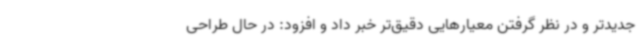
جدیدتر و در نظر گرفتن معیارهایی دقیق‌تر خبر داد و افزود: در حال طراحی